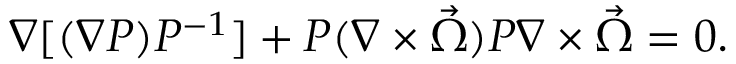
\nabla [ ( \nabla P ) P ^ { - 1 } ] + P ( \nabla \times \vec { \Omega } ) P \nabla \times \vec { \Omega } = 0 .